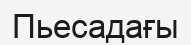
Пьесадағы